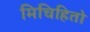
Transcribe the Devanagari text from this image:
मिचिहितो